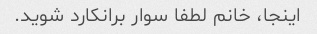
اینجا، خانم لطفا سوار برانکارد شوید.